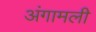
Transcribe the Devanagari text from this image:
अंगामली